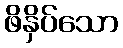
ဖိနှိပ်သော